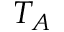
T _ { A }